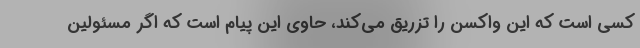
کسی است که این واکسن را تزریق می‌کند، حاوی این پیام است که اگر مسئولین